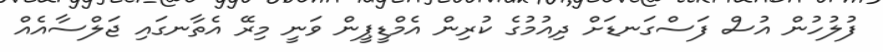
ފުލުހުން އުސް ފަސްގަނޑަށް ދިއުމުގެ ކުރިން އެމްޑީޕީން ވަނީ މިރޭ އެތާނގައި ޖަލްސާއެއް